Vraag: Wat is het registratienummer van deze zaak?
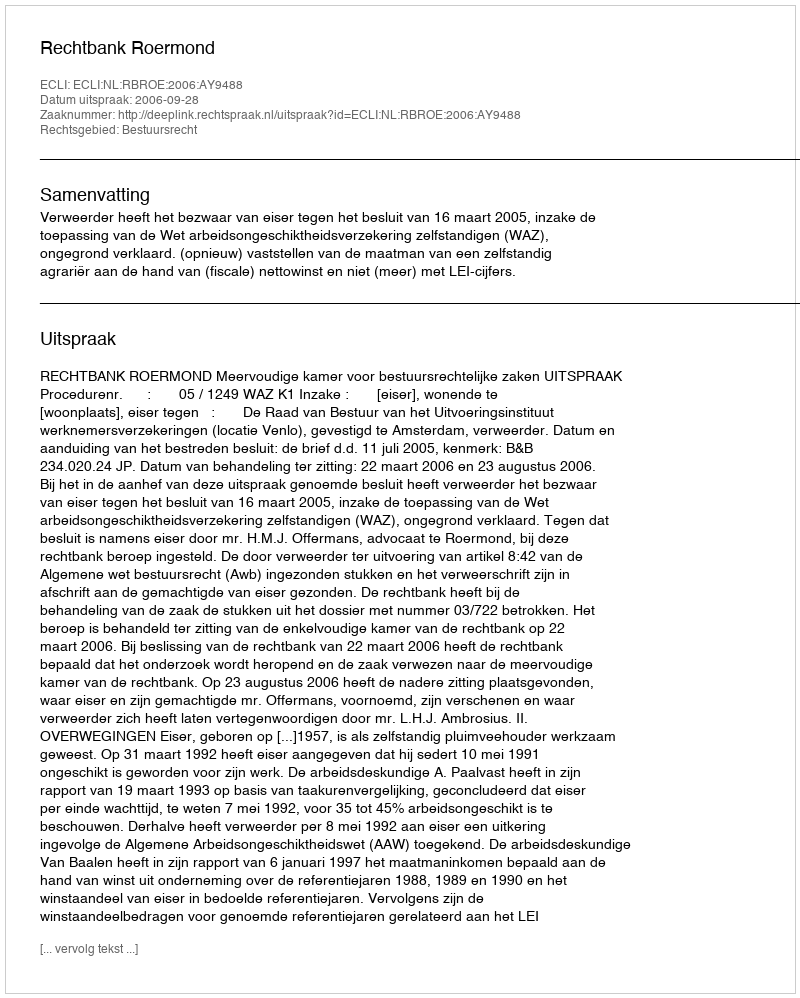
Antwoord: http://deeplink.rechtspraak.nl/uitspraak?id=ECLI:NL:RBROE:2006:AY9488